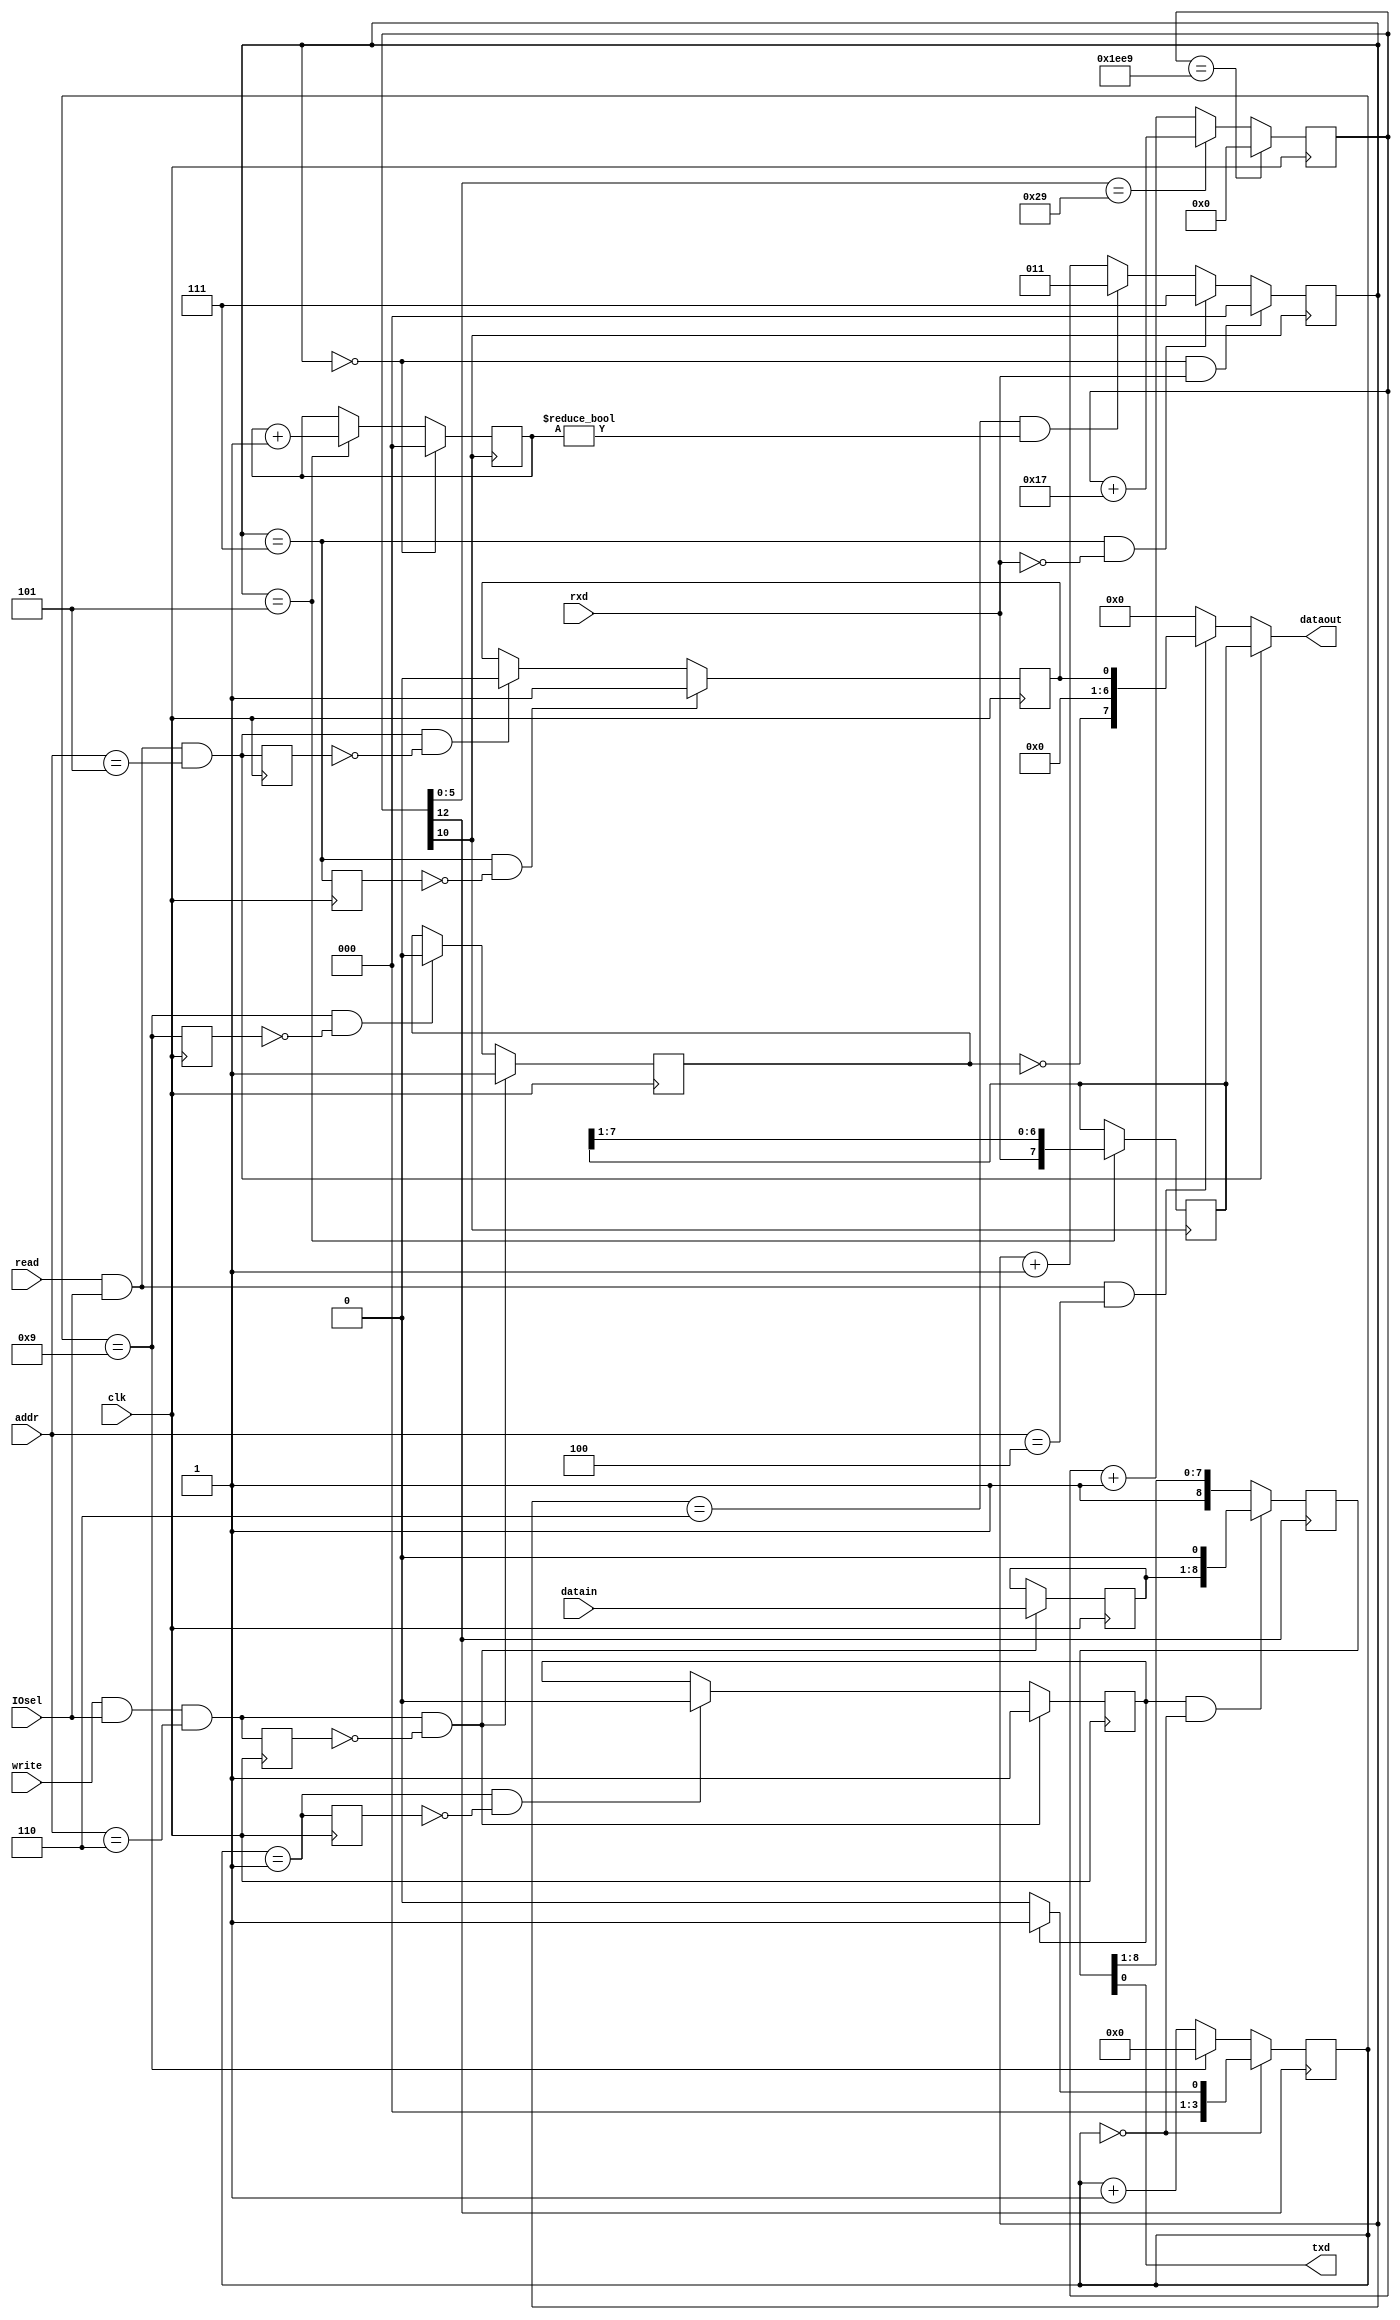
// debugged version 10-22-17
module sci(clk, datain, dataout, IOsel, addr, read, write, rxd, txd);
input clk, IOsel, read, write, rxd;
input [7:0] datain;  // data being sent to the SCI
input [2:0] addr; // status read 100, data read 101, data write 110
output txd;
output [7:0] dataout;  // data being read from the SCI

reg [12:0] baudgen;
reg [2:0] rcvstate, rcvbitcnt;
reg [8:0] shiftout;
reg [7:0] shiftin, trandata;
reg [3:0] txdstate;
reg rdrf, tdrf, newtrandata;
wire readdataedge, writedataedge, rcvstate7edge, txdstate1edge, txdstate9edge;
reg prevreaddata, prevwritedata, prevrcvstate7, prevtxdstate1, prevtxdstate9;

// the clk will be 50 MHz -- the count sequence produces the top 3 bit of baudgen
// from 000 to 110 for 672 cycles each and 111 for 504.  Thus, the msb is a 48%
// duty cycle 9600 baud clock, bit 10 is an oversampled clock with 3 out of 4 pulses
// being 50% duty cycle and the 4th 43%
assign readdataedge = read & IOsel & (addr==5) & ~prevreaddata;
assign writedataedge = write & IOsel & (addr==6) & ~prevwritedata;
assign rcvstate7edge = (rcvstate==7)&~prevrcvstate7;
assign txdstate1edge = (txdstate==1)&~prevtxdstate1;
assign txdstate9edge = (txdstate==9)&~prevtxdstate9;
assign dataout = read&IOsel&(addr==5) ? shiftin
               : read&IOsel&(addr==4) ? {~tdrf,6'd0,rdrf} : 0;
assign txd = shiftout[0];

always @(posedge clk)
   begin
   baudgen <= baudgen==7913 ? 0 : baudgen[5:0]==41 ? baudgen+23 : baudgen+1;
   prevreaddata <= read & IOsel & (addr==5);
   prevwritedata <= write & IOsel & (addr==6);
   prevrcvstate7 <= (rcvstate==7);
	prevtxdstate1 <= (txdstate==1);
   prevtxdstate9 <= (txdstate==9);
   rdrf <= rcvstate7edge ? 1 : readdataedge ? 0 : rdrf;
	tdrf <= writedataedge ? 1 : txdstate9edge ? 0 : tdrf;
   newtrandata <= writedataedge ? 1 : txdstate1edge ? 0 : newtrandata;
   trandata <= writedataedge ? datain : trandata;
   end
   
always @(posedge baudgen[10])   // 4x 9600 baud clock
   begin
   rcvstate <= (rcvstate==0)&rxd ? 0 : (rcvstate==7)&~rxd ? 7
             : (rcvstate==6)&(rcvbitcnt!=0) ? 3 : rcvstate+1;
   rcvbitcnt <= (rcvstate==0) ? 0 : (rcvstate==5) ? rcvbitcnt+1 : rcvbitcnt;
   shiftin <= (rcvstate==5) ? {rxd,shiftin[7:1]} : shiftin;
   end
   
always @(posedge baudgen[12])   // 1x 9600 baud clock
   begin
	
   shiftout <= newtrandata&(txdstate==0) ? {trandata,1'b0} : {1'b1,shiftout[8:1]};
	txdstate <= txdstate==0 ? (newtrandata ? 1 : 0)
	          : txdstate==9 ? 0 : txdstate+1;
   end
endmodule